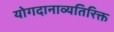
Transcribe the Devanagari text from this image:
योगदानाव्यतिरिक्त